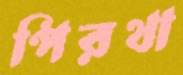
পিরথা